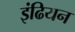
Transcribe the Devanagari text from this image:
इंढियन